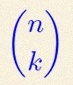
\binom{n}{k}